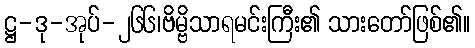
ဋ္ဌ-ဒု-အုပ်-၂၆၆၊ဗိမ္ဗိသာရမင်းကြီး၏ သားတော်ဖြစ်၏။